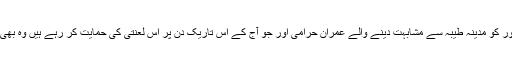
کرتار پور کو مدینہ طیبہ سے مشابہت دینے والے عمران حرامی اور جو آج کے اس تاریک دن پر اس لعنتی کی حمایت کر رہے ہیں وہ بھی حرامی۔